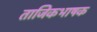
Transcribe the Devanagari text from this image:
ताजिकभाषक